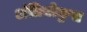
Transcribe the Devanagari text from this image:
अंतियोकुस